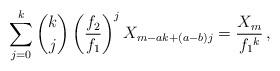
LaTeX: \begin{align*}\sum_{j = 0}^k {\binom kj\left( {\frac{f_2}{f_1}} \right)^j X_{m - ak + (a - b )j} } = \frac{{X_m }}{{f_1{}^k }}\,,\end{align*}